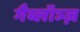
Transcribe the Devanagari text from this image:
गैब्लॉञ्ज़